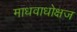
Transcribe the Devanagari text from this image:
माधवाधोक्षज